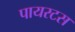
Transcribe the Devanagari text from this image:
पायरटस